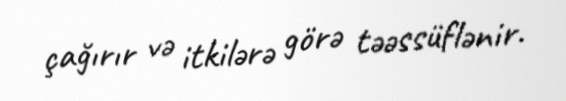
çağırır və itkilərə görə təəssüflənir.